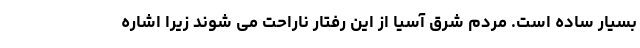
بسیار ساده است. مردم شرق آسیا از این رفتار ناراحت می شوند زیرا اشاره